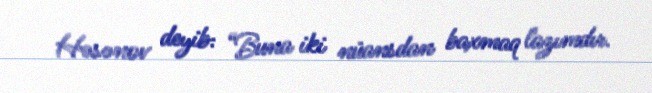
Həsənov deyib: “Buna iki nüansdan baxmaq lazımdır.